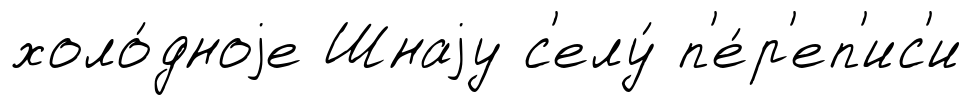
холо́дноjе Шнаjу с'елу́ п'е́р'еп'ис'и